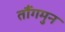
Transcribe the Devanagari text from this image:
तौंगमुन